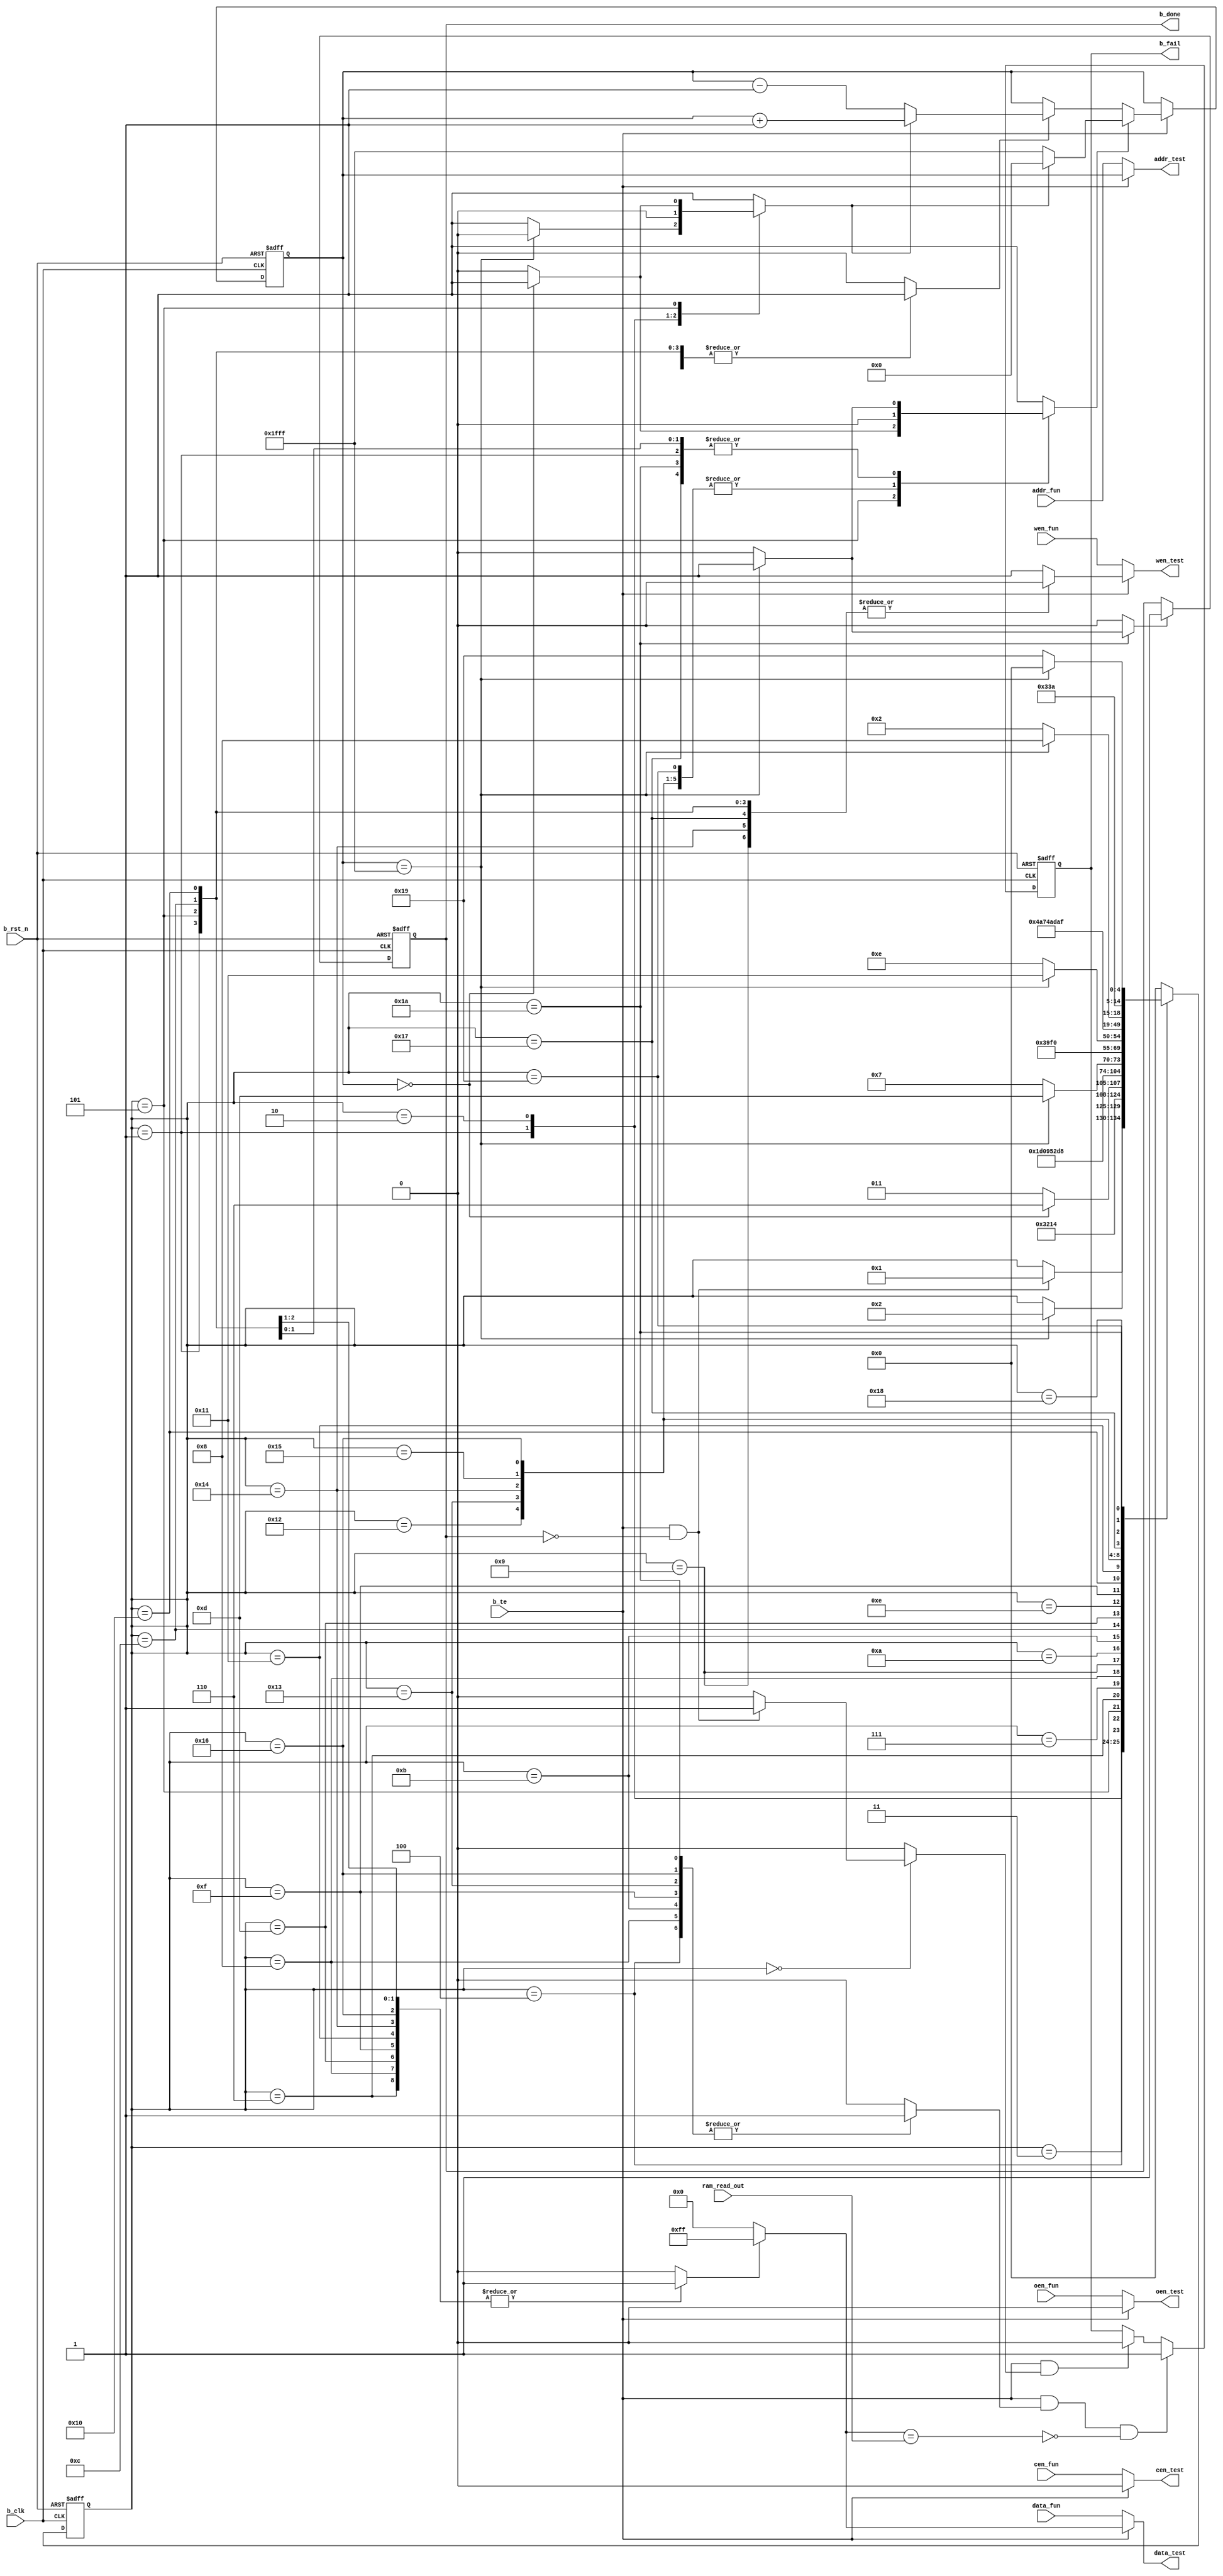
//*************************************************************************//
//-------------------------------------------------------------------------//
//-------------------------------------------------------------------------//
//-------------------------------------------------------------------------//
//  Version   : 0.1                                                        //
//  Modification:                                                          //
//  Description : BIST block for sram test. It is composed of FSM of test  //  
//                mode, results comparer, sram address and data generator. //   
//  Function    : Bist test for checking sram function.                    //  
//*************************************************************************//


module bt_sram_8kx8 (
                     //input signals
	             b_clk,	
	             b_rst_n,
	             b_te,
	             addr_fun,
	             wen_fun,
	             cen_fun,
	             oen_fun,
	             data_fun,
	             ram_read_out,

                     //output signals
	             data_test,
	             addr_test,
	             wen_test,
	             cen_test,
	             oen_test,
                     b_done,
	             b_fail
                    );

  //--------------------------------------------------
  //Configure sram parameters in BIST block.
  //--------------------------------------------------
  parameter WE_WIDTH = 1;
  
  parameter ADDR_WIDTH = 13;
  
  parameter DATA_WIDTH = 8;

  input                     b_clk;
  input                     b_rst_n;
  //BIST test enable signal
  input                     b_te;
  //address of normal operation 
  input [(ADDR_WIDTH-1):0]  addr_fun;
  //writing control of normal operation 
  input [(WE_WIDTH-1):0]    wen_fun;
  //chip enable control of normal operation 
  input                     cen_fun;
  //output enable control of normal operation 
  input                     oen_fun;
  //data input of normal operation 
  input [(DATA_WIDTH-1):0]  data_fun;
  //RAM data output 
  input [(DATA_WIDTH-1):0]  ram_read_out;

  //data input of bist test mode
  output [(DATA_WIDTH-1):0] data_test;
  //address of test
  output [(ADDR_WIDTH-1):0] addr_test;
  //writing control of bist test mode
  output [(WE_WIDTH-1):0]   wen_test;
  //chip enable control of bist test mode
  output                    cen_test;
  //output enable control of bist test mode
  output                    oen_test;
  //output state of bist test mode
  //When "bist_done" is high, it shows BIST test is over.
  output                    b_done;
  //output result of sram function
  //When "bist_fail" is high, the sram function is wrong;
  //else, the sram function is right.
  output                    b_fail;

  //----------------------------------------------------
  //Define 27 work states of BIST block for bist test!
  //----------------------------------------------------
  `define IDEL1         5'b00000
  `define P1_WRITE0     5'b00001
  `define IDEL2         5'b00010
  `define P2_READ0      5'b00011
  `define P2_COMPARE0   5'b00100
  `define P2_WRITE1     5'b00101
  `define IDEL3         5'b00110
  `define P3_READ1      5'b00111
  `define P3_COMPARE1   5'b01000
  `define P3_WRITE0     5'b01001
  `define P3_READ0      5'b01010
  `define P3_COMPARE0   5'b01011
  `define P3_WRITE1     5'b01100
  `define IDEL4         5'b01101
  `define P4_READ1      5'b01110
  `define P4_COMPARE1   5'b01111
  `define P4_WRITE0     5'b10000
  `define IDEL5         5'b10001
  `define P5_READ0      5'b10010
  `define P5_COMPARE0   5'b10011
  `define P5_WRITE1     5'b10100
  `define P5_READ1      5'b10101
  `define P5_COMPARE1   5'b10110
  `define P5_WRITE0     5'b10111
  `define IDEL6         5'b11000
  `define P6_READ0      5'b11001
  `define P6_COMPARE0   5'b11010
  
  //sram address when in bist test mode
  reg [(ADDR_WIDTH-1):0] test_addr;
  
  //---------------------------------------
  //bist test end signal
  //---------------------------------------
  reg r_end;
  reg r_end_en;
 
  //sram address reset when in bist test mode.
  reg test_addr_rst;

  //sram read or write enable signal when in bist test mode
  reg [(WE_WIDTH-1):0] wen_test_inner;

  //bist start to work in IDLE
  reg rf_start;
  
  //compare the data read from sram with the data written into sram 
  //enable signal
  reg check_en;

  //------------------------------------------------------------
  //bist test data source select signal
  //"pattern_sel == 1'b0"-----> test_pattern =  32'b0;
  //"pattern_sel == 1'b1"-----> test_pattern =  32'b1;
  //-------------------------------------------------------------
  reg pattern_sel;
  wire [(DATA_WIDTH-1):0] test_pattern;

  reg [4:0] cstate, nstate;

  reg b_fail;

  // 1 -- address is goign upward; 0 -- address is going downward
  reg up1_down0; 

  // 1 -- address is stepping; 0 -- address remains
  reg count_en;  


  //-----------------------------------------------------------------
  //                     Main Code
  //-----------------------------------------------------------------
  

  //-----------------------------------------------------------------
  //     Combinatorial portion
  //-----------------------------------------------------------------


  assign b_done = r_end;
  
  assign test_pattern = (pattern_sel == 1'b0) ? {DATA_WIDTH{1'b0}} : {DATA_WIDTH{1'b1}};

  //--------------------------------------------------------------------
  //The output values of all the mux below will be changed based on the
  //sram whether in normal operation or in bist test mode. 
  //---------------------------------------------------------------------
  assign data_test = (b_te == 1'b1) ? test_pattern : data_fun;
  
  assign addr_test = (b_te == 1'b1) ? test_addr : addr_fun;
  
  assign wen_test = (b_te == 1'b1) ? wen_test_inner : wen_fun;
  
  assign cen_test = (b_te == 1'b1) ? 1'b0 : cen_fun;
  
  assign oen_test = (b_te == 1'b1) ? 1'b0 : oen_fun;

  
  //--------------------------------------------------------------------
  //    Sequential portion
  //--------------------------------------------------------------------

  //--------------------------------
  //Generate bist work end signal. 
  //--------------------------------
  always @(posedge b_clk or negedge b_rst_n)
    if (b_rst_n == 1'b0) 
          r_end<=1'b0;
    else 
      if (r_end_en == 1'b1) 
          r_end<= 1'b1;
  
  //----------------------------------------------------
  //          Generate the sram test address.
  // "test_addr_rst " and "up1_down0" decide the mode of 
  // variable the address(increment/decrement). 
  //-----------------------------------------------------
  always @(posedge b_clk or negedge b_rst_n)
    if (b_rst_n == 1'b0) 
          test_addr <= {ADDR_WIDTH{1'b0}};
    else
      if (b_te == 1'b1) 
  	if (test_addr_rst == 1'b1) 
               if (up1_down0 == 1'b1)
          	test_addr<= # 1 {ADDR_WIDTH{1'b0}};
               else
                  test_addr<= # 1 {ADDR_WIDTH{1'b1}};
      	else
             if (count_en == 1'b1)
               if (up1_down0 == 1'b1)
          	test_addr<= # 1 test_addr + 1'b1;
               else
                  test_addr<= # 1 test_addr - 1'b1;
  
  always @(posedge b_clk or negedge b_rst_n)
    if (b_rst_n == 1'b0) 
          b_fail<=1'b1;
    else
     begin
      //---------------------------------------------------------
      // When in bist idle1 state, "b_fail" defualt value is "0".
      // --------------------------------------------------------
      if ((b_te == 1'b1) && (rf_start == 1'b1))
          b_fail<=  1'b0;

      //------------------------------------------------------------
      // "b_fail" value is "1", when data read from sram is different
      //from the expected data wirtten into sram.
      //--------------------------------------------------------------
      if ((b_te == 1'b1) && (check_en == 1'b1) && !(test_pattern == ram_read_out))
          b_fail<=  1'b1;
     end
  
  //------------------------------------------------------------------------------
  //                    Bist test state machine.
  //   write "0"(initial sram)                         test_address 0-->1fff
  //   read  "0"------> compare -------->write "1"     test_address 1fff-->0
  //   read  "1"------> compare -------->write "0"     test_address 0-->1fff
  //   write "1"------> read "1"-------->compare       test_address 1fff-->0        
  //   write "0"------> read "0"-------->compare       test_address 0-->1fff        
  //   write "1"------> read "1"-------->compare       test_address 1fff-->0        
  //   write "0"------> read "0"-------->compare       test_address 0-->1fff        
  //------------------------------------------------------------------------------
  always @(posedge b_clk or negedge b_rst_n)
    if (b_rst_n == 1'b0) 
          cstate<=`IDEL1;
    else
          cstate<= # 1 nstate;
  
  always @(cstate or b_te or r_end or test_addr)
  begin
    up1_down0     = 1'b1;
    count_en      = 1'b0;
    r_end_en      = 1'b0;
    pattern_sel   = 1'b0;
    test_addr_rst = 1'b0;
    rf_start      = 1'b0;
    check_en      = 1'b0;
    wen_test_inner = {WE_WIDTH{1'b1}};
    nstate        = cstate;
    case (cstate)
      `IDEL1 :
          begin
             test_addr_rst = 1'b1;
             if (b_te == 1'b1 && r_end == 1'b0)
                begin
                   nstate   = `P1_WRITE0;
                   rf_start = 1'b1;
                end
          end
      `P1_WRITE0 :   //initial sram from addr 0~1fff
          begin
    	    count_en       = 1'b1;
    	    wen_test_inner = {WE_WIDTH{1'b0}};
    	    pattern_sel   = 1'b0;
             if (test_addr == {ADDR_WIDTH{1'b1}} )
                begin
                  nstate        = `IDEL2;
                  test_addr_rst = 1'b1;
    	          up1_down0     = 1'b0;
                end
          end
      `IDEL2 :
          begin
    	    pattern_sel   = 1'b0;
    	    up1_down0     = 1'b0;
            test_addr_rst = 1'b1; 
            nstate        = `P2_READ0;
          end
      `P2_READ0 :
          begin
             nstate = `P2_COMPARE0;
          end
      `P2_COMPARE0 :  //compare all "0" data after read from addr 0~1fff
          begin
             pattern_sel=1'b0;
    	     check_en=1'b1;
             nstate = `P2_WRITE1;
          end
      `P2_WRITE1 :  //all "1" write test from addr 1fff~0
          begin
    	    up1_down0      = 1'b0;
    	    count_en       = 1'b1;
    	    wen_test_inner = {WE_WIDTH{1'b0}};
    	    pattern_sel    = 1'b1;
             if (test_addr == {ADDR_WIDTH{1'b0}})
                begin
                  nstate        = `IDEL3;
                  test_addr_rst = 1'b1;
    	          up1_down0     = 1'b1;
                end
             else
                nstate        = `P2_READ0;
          end
      `IDEL3 :
          begin
             pattern_sel   = 1'b1;
             test_addr_rst = 1'b1;
             nstate        = `P3_READ1;
          end
      `P3_READ1 :
          begin
             nstate = `P3_COMPARE1;
          end
      `P3_COMPARE1 :  //compare all "1" data after read from addr 1fff~0
          begin
            pattern_sel = 1'b1;
            check_en    = 1'b1;
            nstate      = `P3_WRITE0;
          end
      `P3_WRITE0 :
          begin
             wen_test_inner = {WE_WIDTH{1'b0}};
             pattern_sel    = 1'b0;
             nstate         = `P3_READ0;
          end
      `P3_READ0 :
          begin
            nstate = `P3_COMPARE0;
          end
      `P3_COMPARE0 :
          begin
            pattern_sel = 1'b0;
            check_en    = 1'b1;
            nstate      = `P3_WRITE1;
          end
      `P3_WRITE1 :
          begin
             wen_test_inner = {WE_WIDTH{1'b0}};
             pattern_sel    = 1'b1;
             count_en       = 1'b1;
             if (test_addr == {ADDR_WIDTH{1'b1}})
                begin
                  nstate        = `IDEL4;
                  test_addr_rst = 1'b1;
                end
             else
                nstate        = `P3_READ1;
          end
      `IDEL4 :   // read all data from addr 1fff~0 and compare with write data "1" every time 
          begin
            pattern_sel   = 1'b1;
            test_addr_rst = 1'b1;
            nstate        = `P4_READ1;
          end
      `P4_READ1 :
          begin
            nstate = `P4_COMPARE1;
          end
      `P4_COMPARE1 :
          begin
            pattern_sel = 1'b1;
            check_en    = 1'b1;
            nstate      = `P4_WRITE0;
          end
      `P4_WRITE0 :
          begin
            wen_test_inner = {WE_WIDTH{1'b0}};
            pattern_sel    = 1'b0;
            count_en       = 1'b1;
             if (test_addr == {ADDR_WIDTH{1'b1}})
                begin
                   nstate        = `IDEL5;
                   test_addr_rst = 1'b1;
                end
             else         
                nstate        = `P4_READ1;
          end
      `IDEL5 :  // read all data from addr 1fff~0 and compare with write data "0" every time 
          begin
             pattern_sel   = 1'b1;
             test_addr_rst = 1'b1;
             nstate        = `P5_READ0;
          end
      `P5_READ0 :
          begin
             nstate = `P5_COMPARE0;
          end
      `P5_COMPARE0 :
          begin
             pattern_sel=1'b0;
             check_en=1'b1;
             nstate = `P5_WRITE1;
          end
      `P5_WRITE1 :
          begin
             wen_test_inner = {WE_WIDTH{1'b0}};
             pattern_sel   = 1'b1;
             nstate = `P5_READ1;
          end
      `P5_READ1 :
          begin
             nstate = `P5_COMPARE1;
          end
      `P5_COMPARE1 :
          begin
             pattern_sel=1'b1;
             check_en=1'b1;
             nstate = `P5_WRITE0;
          end
      `P5_WRITE0 :
          begin
             wen_test_inner = {WE_WIDTH{1'b0}};
             pattern_sel    = 1'b0;
             count_en       = 1'b1;
             if (test_addr == {ADDR_WIDTH{1'b1}})
                begin
                   nstate        = `IDEL6;
                   test_addr_rst = 1'b1;
                end
             else
                nstate        = `P5_READ0;
          end
      `IDEL6 :
          begin
             pattern_sel   = 1'b0;
             test_addr_rst = 1'b1;
             nstate        = `P6_READ0;
          end
      `P6_READ0 :
          begin
             nstate        = `P6_COMPARE0;
          end
      `P6_COMPARE0 :
          begin
             pattern_sel = 1'b0;
             check_en    = 1'b1;
             count_en    = 1'b1;
             if (test_addr == {ADDR_WIDTH{1'b1}})
                begin
                   nstate        = `IDEL1;
                   test_addr_rst = 1'b1;
                   r_end_en      = 1'b1;
                end
             else
                nstate = `P6_READ0;
          end
      default :
          begin
             nstate        = `IDEL1;
             test_addr_rst = 1'b1;
          end 
    endcase
  end

endmodule